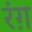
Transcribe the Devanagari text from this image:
रंग़